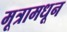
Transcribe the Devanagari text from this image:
मूत्रामधून